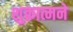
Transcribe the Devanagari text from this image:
शुक्रात्मने